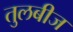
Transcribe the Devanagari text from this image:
तुलबीज